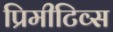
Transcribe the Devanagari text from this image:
प्रिमीटिव्स